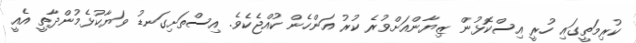
ކުރިމަތީގައި ހުރީ އިސްކޮޅުން ޒިޔާންއަށްވުރެ ކުރު އަންހެން ކުއްޖެކެވެ. އިސްތަށިގަނޑު ވަޔާކުޅެމުންދާތީ އެއީ